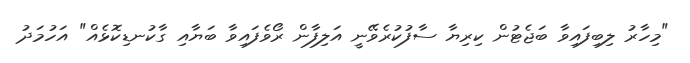
"މިހާރު ލިބިފައިވާ ބަޖެޓުން ކިރިޔާ ސާފުކުރެވޭނީ އަލިފާން ރޯވެފައިވާ ބަޔާއި ގާކުނޑިކޮޅެއް" އަހުމަދު